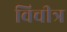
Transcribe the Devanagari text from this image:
विचीत्र